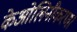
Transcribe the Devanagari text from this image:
केओलिनीकरण।